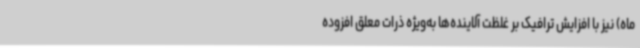
ماه) نیز با افزایش ترافیک بر غلظت آلاینده‌ها به‌ویژه ذرات معلق افزوده